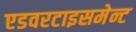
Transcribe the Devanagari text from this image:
एडवरटाइसमेन्ट